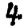
Digit: 4